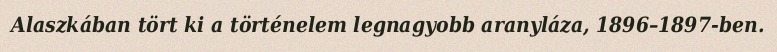
Alaszkában tört ki a történelem legnagyobb aranyláza, 1896–1897-ben.